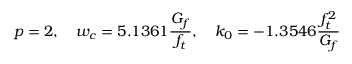
p = 2 , \quad w _ { c } = 5 . 1 3 6 1 \frac { G _ { f } } { f _ { t } } , \quad k _ { 0 } = - 1 . 3 5 4 6 \frac { f _ { t } ^ { 2 } } { G _ { f } }